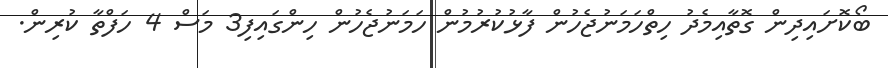
ބޯކޮށައިދިން ގޮތާއިމެދު ހިތްހަމަނުޖެހުން ފާޅުކުރުމުން ހަމަނުޖެހުން ހިންގައިިިފި3 މަސް 4 ހަފްތާ ކުރިން.